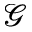
\mathcal { G }